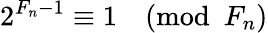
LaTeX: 2^{F_{n}-1}\equiv 1{\pmod{F_{n}}}